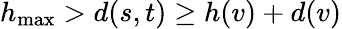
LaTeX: h_{\mathrm{max}}>d(s,t)\geq h(v)+d(v)